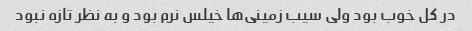
در کل خوب بود ولی سیب زمینی‌ها خیلس نرم بود و به نظر تازه نبود